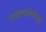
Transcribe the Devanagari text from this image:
मायेश्वरात्मैक्यविज्ञानं